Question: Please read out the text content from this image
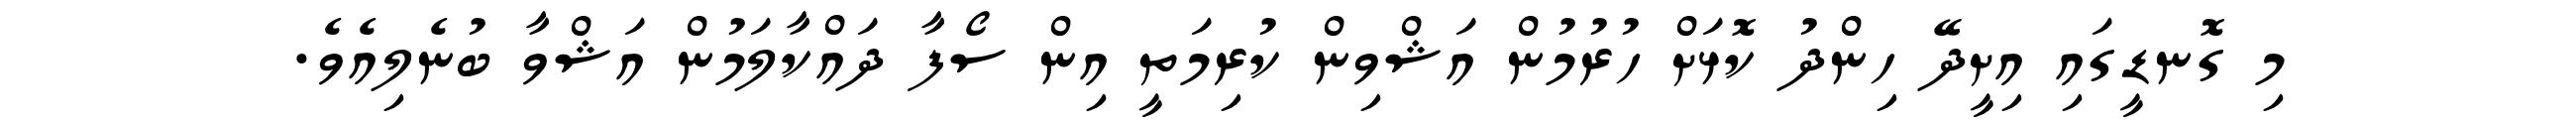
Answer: މި ގޮނޑީގައި އިށީދޭ ހިންދު ކޮޅަށް ހުރުމުން އަޝްވިން ކުރިމަތީ އިން ސޯފާ ދައްކާލަމުން އަޝްވާ ބުނެލިއެވެ.